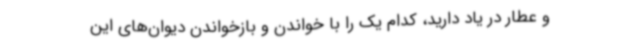
و عطار در یاد دارید، کدام یک را با خواندن و بازخواندن دیوان‌های این